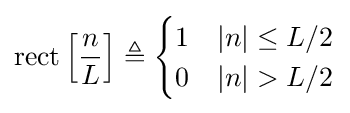
\operatorname {rect} \left[{n \over L}\right]\triangleq {\begin{cases}1&|n|\leq L/2\\0&|n|>L/2\end{cases}}